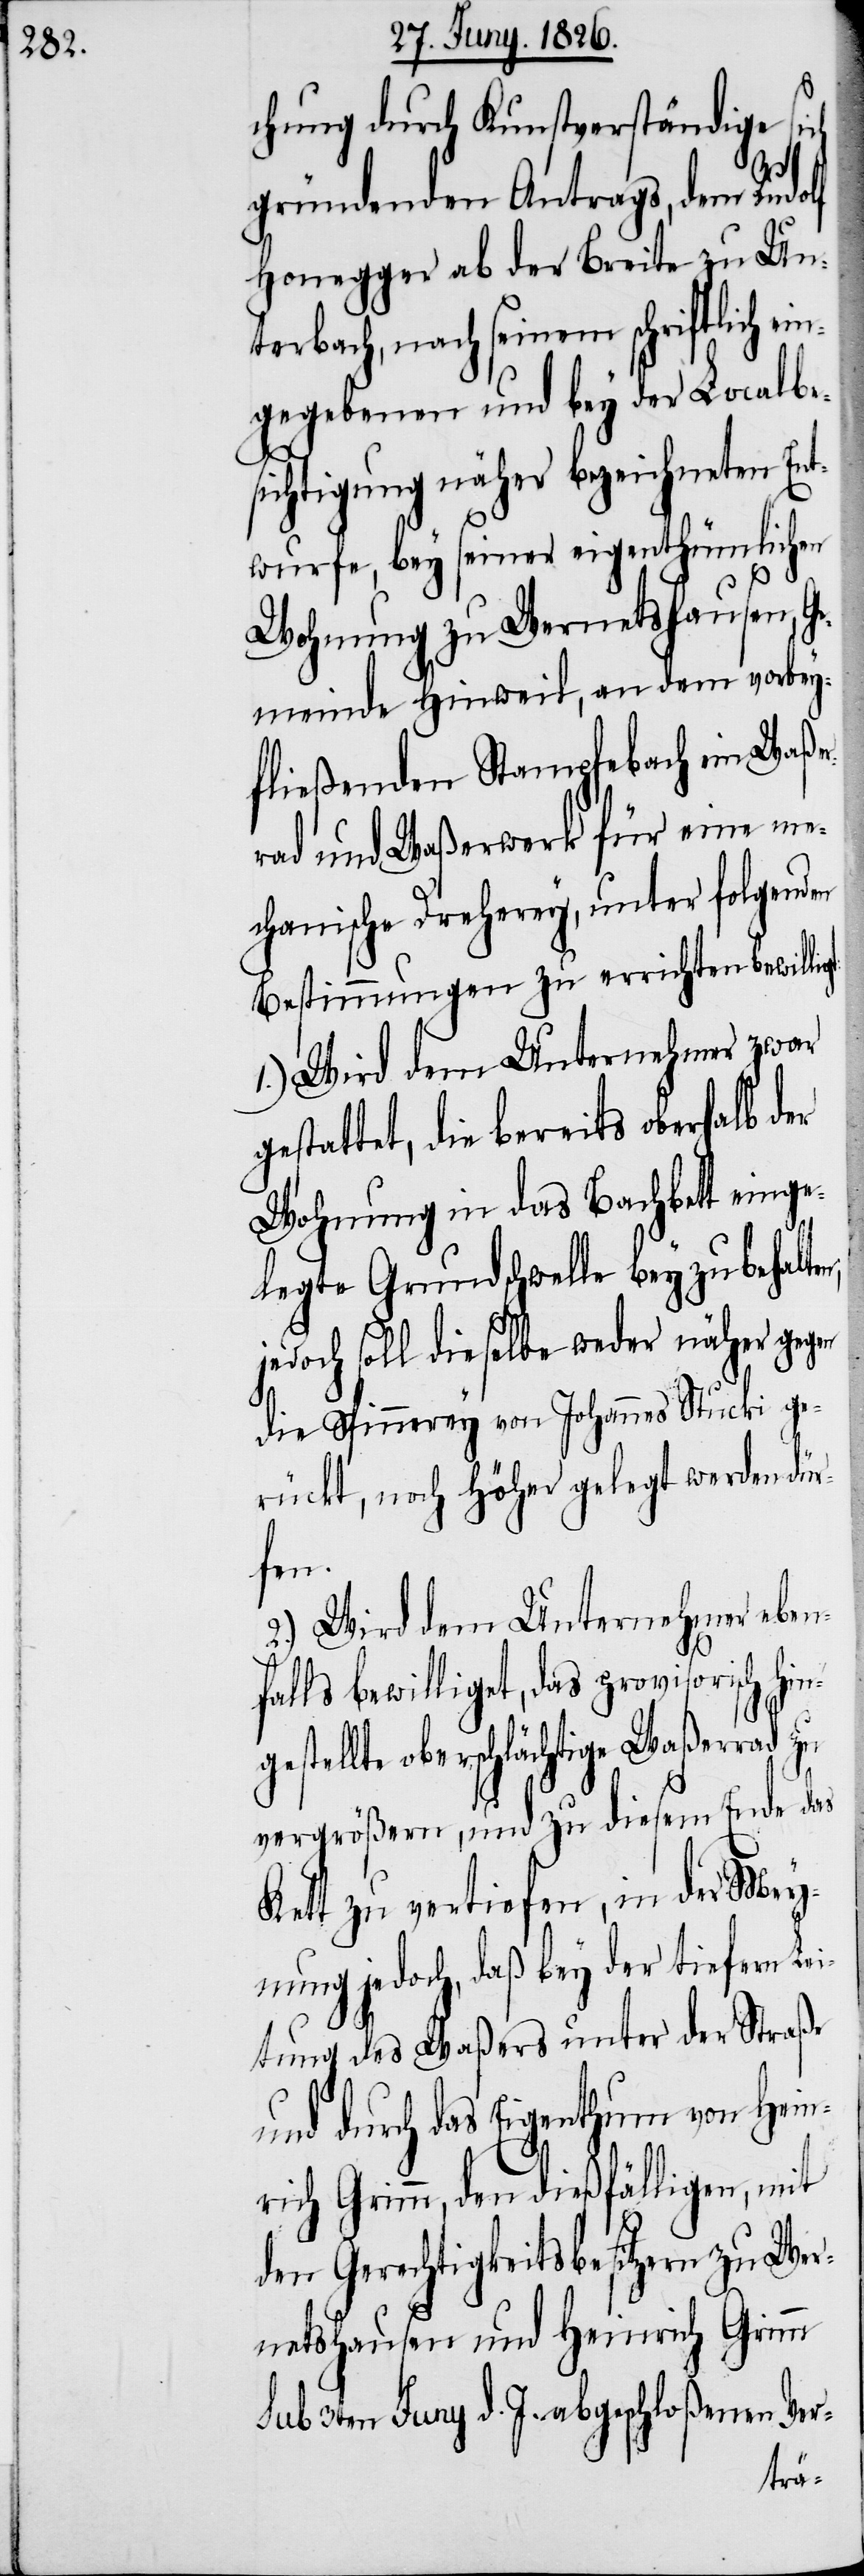
chung durch Kunstverständige
n;
gründenden Antrags, dem Rudo¬
Honegger ab der Breite zu Un¬
terbach, nach seinem schriftlich ei¬
ngegebenen und bey der Localbe¬
sichtigung näher bezeichneten Ent¬
wurfe, bey seiner eigenthümlichen
Wohnung zu Wernetshausen, G¬
emeinde Hinweil, an dem vorbey¬
fließenden Stampfebach ein Waße¬
rad und Waßerwerk für eine me¬
chanische Dreherey, unter folgenden
Bestimmungen zu errichten bewilli¬
1.) Wird dem Unternehmer zwar
gestattet, die bereits oberhalb der
Wohnung in das Bachbett einge¬
legte Grundschwelle beyzubehalte¬
jedoch soll dieselbe weder näher gegen
die Spinnerey von Johannes Stucki ge¬
rückt, noch höher gelegt werden dür¬
fen.
2.) Wird dem Unternehmer eben¬
falls bewilliget, das provisorisch hin¬
gestellte oberschlächtige Waßerrad zu
vergrößern, und zu diesem Ende das
Kett zu vertiefen, in der Mey¬
nung jedoch, daß bey der tiefern Lei¬
stung des Waßers unter der Straße
und durch das Eigenthum von Her¬
r Grimm, den dießfälligen, mit
den Gerechtigkeitsbesitzern zu Wer¬
netshausen und Heinrich Grimm
sub 3ten Juny d. J. abgeschloßenen Ver-
r¬